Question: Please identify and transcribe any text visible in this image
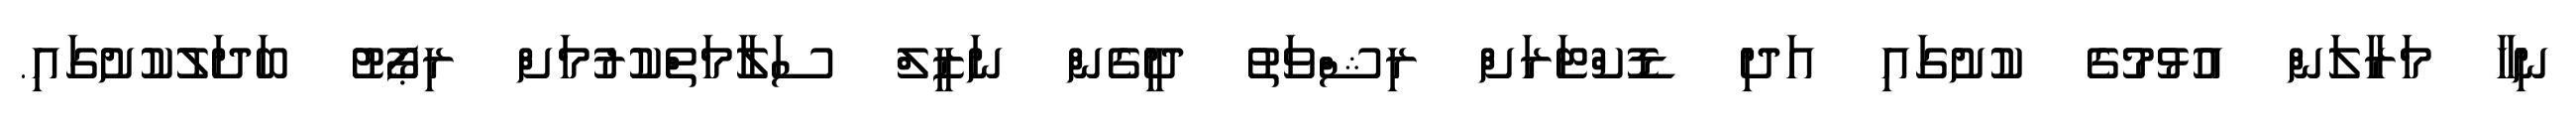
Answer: ނިހާ މަރާލަން އުޅުމުގެ ކުށުގައި އަދި ޑޮކްޓަރަށް ރިޝްވަތު ދީގެން ނަޒީލް ސަލާމަތްކުރުމަށް ރިޕޯޓު ބަދަލުކުށުގައި.